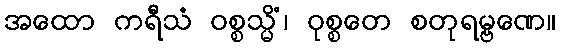
အထော ကရီသံ ဝစ္စသ္မိံ၊ ဝုစ္စတေ စတုရမ္ဗဏေ။